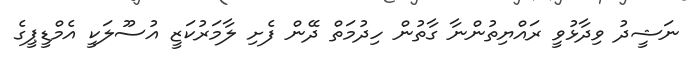
ނަޝީދު ވިދާޅުވީ ރައްޔިތުންނާ ގާތުން ހިދުމަތް ދޭން ފެށި ލާމަރުކަޒީ އުސޫލަކީ އެމްޑީޕީގެ